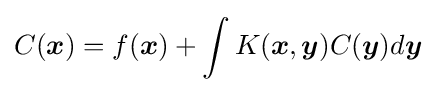
C({\boldsymbol {x}})=f({\boldsymbol {x}})+\int K({\boldsymbol {x}},{\boldsymbol {y}})C({\boldsymbol {y}})d{\boldsymbol {y}}